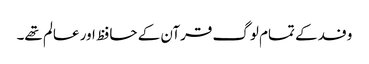
وفد کے تمام لوگ قرآن کے حافظ اور عالم تھے۔